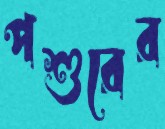
পশুরের